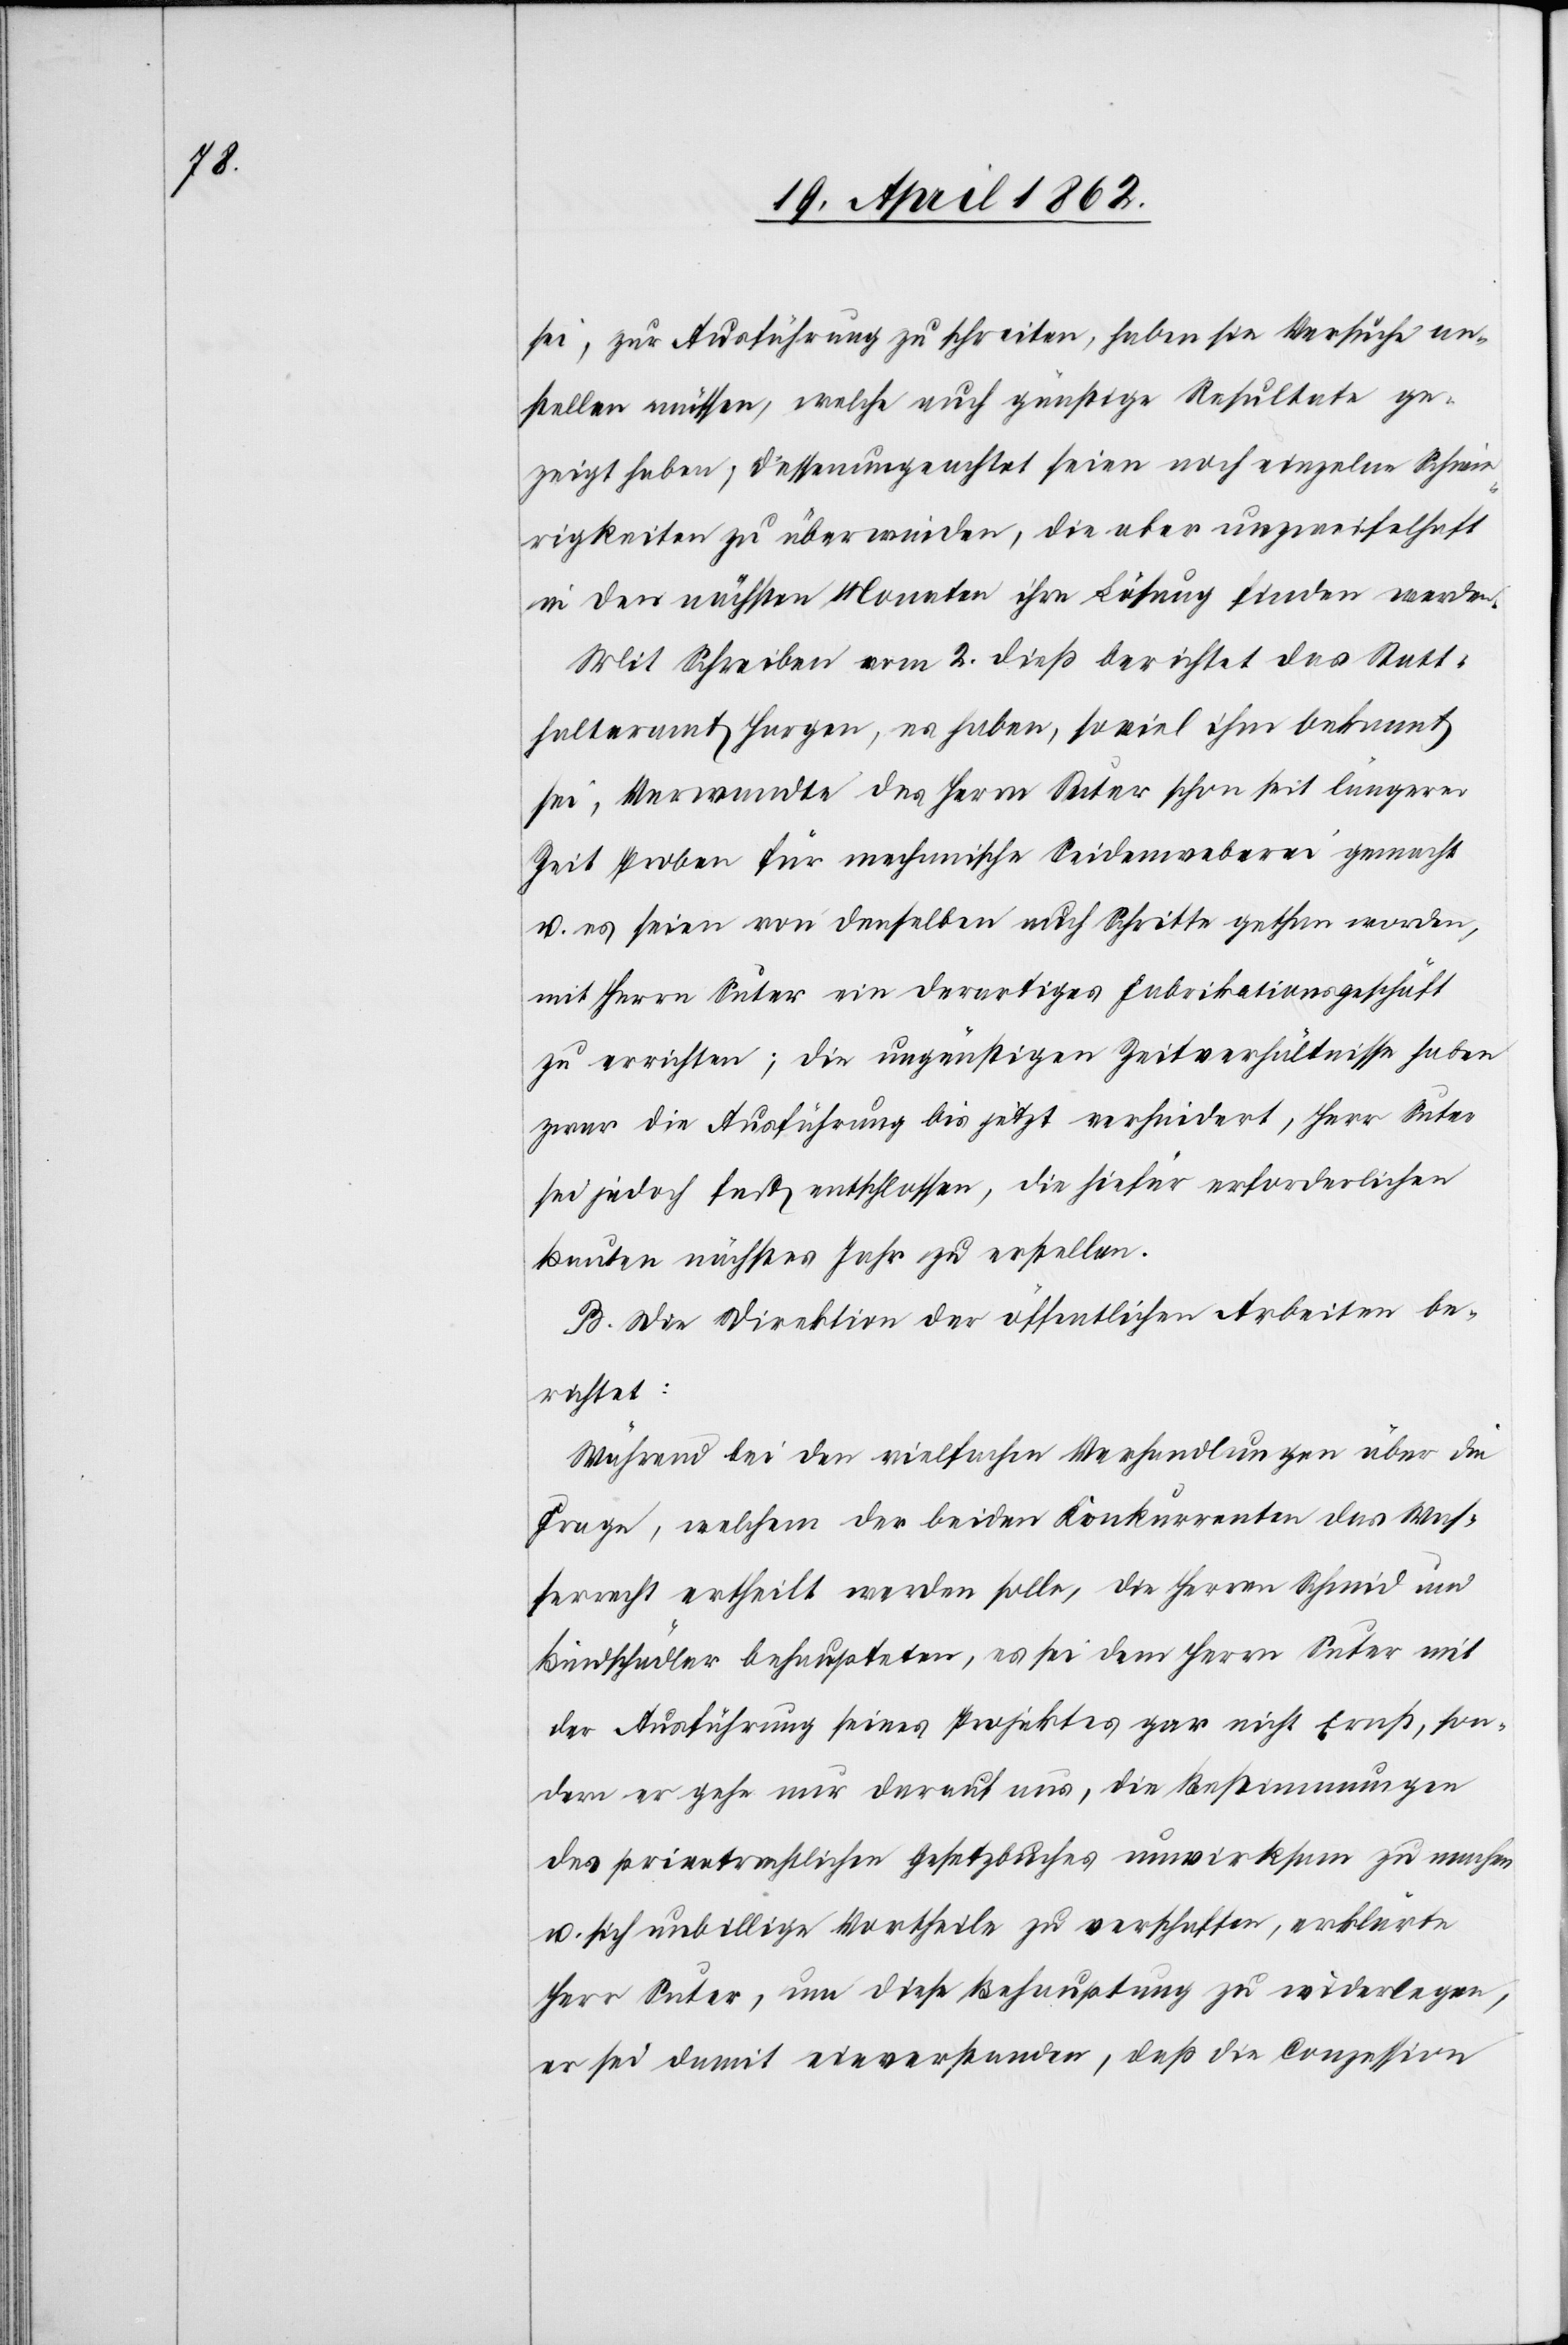
sei, zur Ausführung zu schreiten, haben sie Versuche an¬
stellen müssen, welche auch günstige Resultate ge¬
zeigt haben; dessenungeachtet seien noch einzelne Schwie¬
rigkeiten zu überwinden, die aber unzweifelhaft
in den nächsten Monaten ihre Lösung finden werden.
Mit Schreiben vom 2. dieß berichtet das Statt¬
halteramt Horgen, es haben, so viel ihm bekannt
sei, Verwandte des Herrn Suter schon seit längerer
Zeit Proben für mechanische Seidenweberei gemacht
u. es seien von demselben auch Schritte gethan worden,
mit Herrn Suter ein derartiges Fabrikationsgeschäft
zu errichten; die ungünstigen Zeitverhältnisse haben
zwar die Ausführung bis jetzt verhindert, Herr Suter
sei jedoch fest entschlossen, die tiefer erforderlichen
Bauten nächstes Jahr zu erstellen.
B. Die Direktion der öffentlichen Arbeiten be¬
richtet:
Während bei den vielfachen Verhandlungen über die
Frage, welchem der beiden Konkurrenten das Was¬
serrecht erteilt werden solle, die Herren Schmid und
Bindschädler behaupteten, es sei dem Herrn Suter mit
der Ausführung seines Projektes gar nicht Ernst, son¬
dern er gehe nur darauf aus, die Bestimmungen
des privatrechtlichen Gesetzbuches unwirksam zu machen
u. sich unbillige Vortheile zu verschaffen, erklärte
Herr Suter, um diese Behauptung zu widerlegen,
er sei damit einverstanden, daß die Conzession